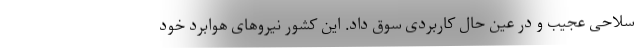
سلاحی عجیب و در عین حال کاربردی سوق داد. این کشور نیروهای هوابرد خود